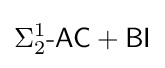
\Sigma _{2}^{1}{\mbox{-}}{\mathsf {AC}}+{\mathsf {BI}}